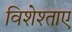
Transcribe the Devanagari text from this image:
विशेश्ताए